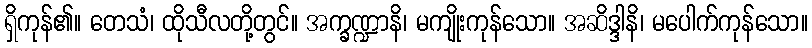
ရှိကုန်၏။ တေသံ၊ ထိုသီလတို့တွင်။ အက္ခဏ္ဍာနိ၊ မကျိုးကုန်သော။ အဆိဒ္ဒါနိ၊ မပေါက်ကုန်သော။